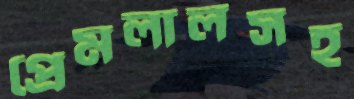
প্রেমলালসহ